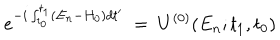
e ^ { - i \int _ { t _ { 0 } } ^ { t _ { 1 } } ( E _ { n } - H _ { 0 } ) d t ^ { \prime } } ~ = ~ U ^ { ( 0 ) } ( E _ { n } ; t _ { 1 } , t _ { 0 } )